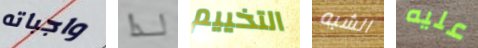
واجباته لذا التخييم الشبه عليه